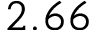
2 . 6 6